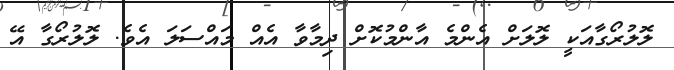
ލޮލުރޯގާއަކީ ލޮލަށް އެންމެ އާންމުކޮށް ދިމާވާ އެއް މައްސަލަ އެވެ. ލޮލުރޯގާ އޭ